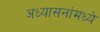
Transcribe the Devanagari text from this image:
अध्यासनांमध्ये